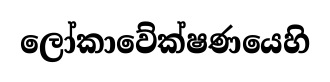
ලෝකාවේක්ෂණයෙහි